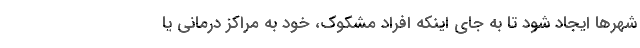
شهرها ایجاد شود تا به جای اینکه افراد مشکوک، خود به مراکز درمانی یا